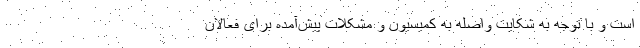
است و با توجه به شکایت واصله به کمیسیون و مشکلات پیش‌آمده برای فعالان